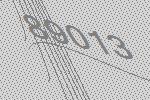
89013